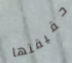
حقيقتها